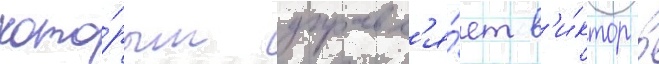
кото́рым управл'я́ет в'и́ктор в